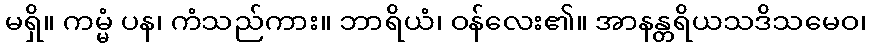
မရှိ။ ကမ္မံ ပန၊ ကံသည်ကား။ ဘာရိယံ၊ ဝန်လေး၏။ အာနန္တရိယသဒိသမေဝ၊